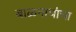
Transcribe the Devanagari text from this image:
बाळनाथांचा